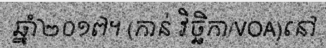
ឆ្នាំ២០១៧។ (កាន់ វិច្ឆិកា/VOA)នៅ